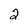
Character: 2